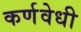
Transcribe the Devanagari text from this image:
कर्णवेधी